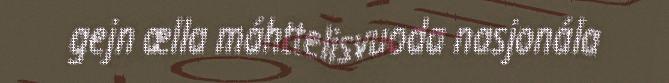
gejn ælla máhttelisvuoda nasjonála